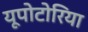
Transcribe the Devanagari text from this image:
यूपोटोरिया